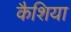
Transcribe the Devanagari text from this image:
कैशिया